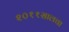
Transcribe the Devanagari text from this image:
२०११सालचा